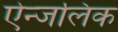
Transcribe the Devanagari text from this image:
ऐन्जलिक